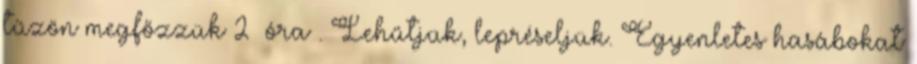
tűzön megfőzzük 2½ óra . Lehűtjük, lepréseljük. Egyenletes hasábokat